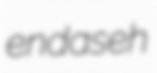
endaseh